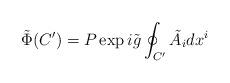
LaTeX: \begin{align*}\tilde{\Phi}(C') = P \exp i \tilde{g} \oint_{C'} \tilde{A}_i dx^i\end{align*}